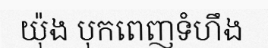
យ៉ុង បុកពេញទំហឹង